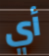
أي